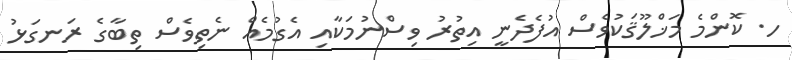
ހ. ކޮންމެ މަޚްލޫޤަކުވެސް އުފެދެނީ އިތުރު ވިސްނުމަކާއި އެގުމެއް ނެތިވެސް ތިބާގެ ރަނގަޅު